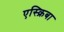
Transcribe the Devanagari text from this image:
एस्क्रिबा